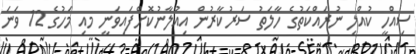
ސިއްހީ ކުއްލި ނުރައްކަތުގެ ހާލަތު ސަރުކާރުން އިއުލާނުކޮށްފައިވަނީ މއި މަހުގެ 12 ވަނަ